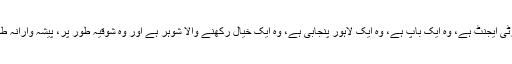
(اس فلم کا مرکزی کردار) ایک پراپرٹی ایجنٹ ہے، وہ ایک باپ ہے، وہ ایک لاہور پنجابی ہے، وہ ایک خیال رکھنے والا شوہر ہے اور وہ شوقیہ طور پر، پیشہ وارانہ طور پر نہیں، ایک نعت خواں بھی ہے۔